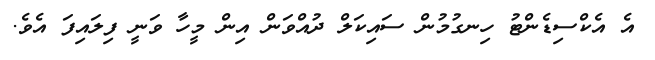
އެ އެކްސިޑެންޓު ހިނގުމުން ސައިކަލް ދުއްވަން އިން މީހާ ވަނީ ފިލައިފަ އެވެ.